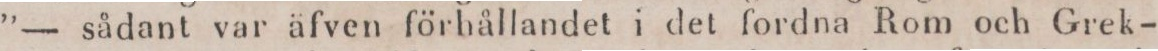
”— sådant var äfven förhållandet i det fordna Rom och Grek-